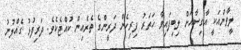
ލީވާންއަކީ އާގިސާއަށް ލިބިފައިވާ ހަތަރު ފިރިހެން ދަރީންގެ ތެރެއިން ކުއްޖެކެވެ. ދަރިފުޅު ގެއްލުނު